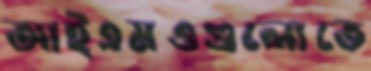
আইএমওগুলোতে